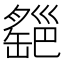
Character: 𦉔